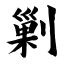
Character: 剿